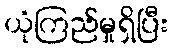
ယုံကြည်မှုရှိပြီး